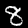
Digit: 8